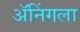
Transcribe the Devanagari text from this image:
ॲनिंगला